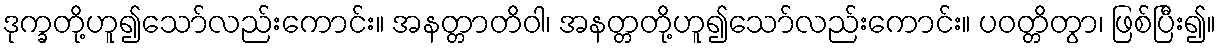
ဒုက္ခတို့ဟူ၍သော်လည်းကောင်း။ အနတ္တာတိဝါ၊ အနတ္တတို့ဟူ၍သော်လည်းကောင်း။ ပဝတ္တိတွာ၊ ဖြစ်ပြီး၍။